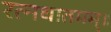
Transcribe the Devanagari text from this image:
रत्नधातमम्॥